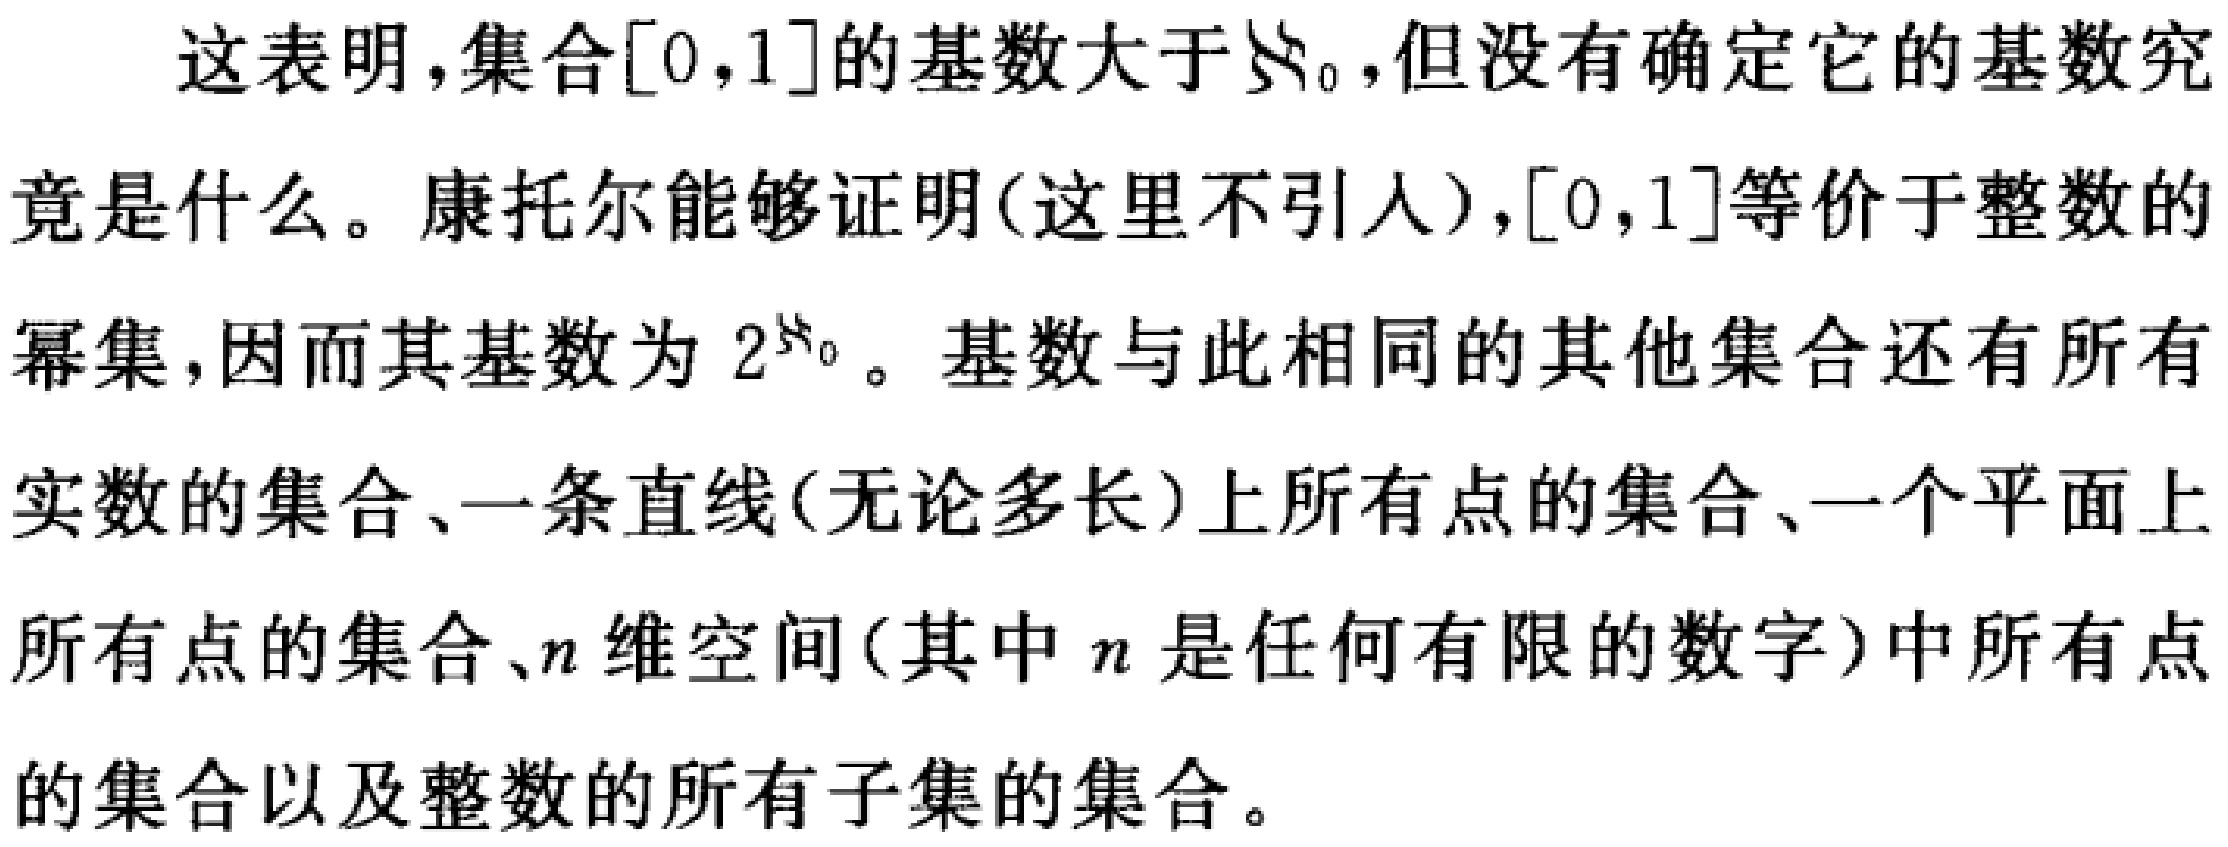
这表明，集合\([0,1]\)的基数大于\(\aleph_0\)，但没有确定它的基数究竟是什么。康托尔能够证明（这里不引入），\([0,1]\)等价于整数的幂集，因而其基数为\(2^{\aleph_0}\)。基数与此相同的其他集合还有所有实数的集合、一条直线（无论多长）上所有点的集合、一个平面上所有点的集合、\(n\)维空间（其中 \(n\) 是任何有限的数字）中所有点的集合以及整数的所有子集的集合。